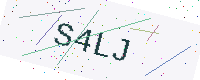
Text: S4LJ